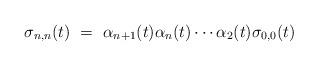
LaTeX: \begin{align*} \sigma_{n,n}(t) \ = \ \alpha_{n+1}(t) \alpha_{n}(t) \cdots \alpha_{2}(t) \sigma_{0,0}(t)\end{align*}